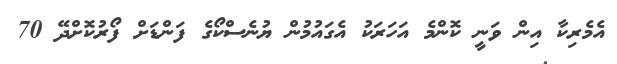
އެމެރިކާ އިން ވަނީ ކޮންމެ އަހަރަކު އެގައުމުން ޔުނެސްކޯގެ ފަންޑަށް ފޯރުކޮށްދޭ 70